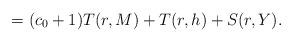
LaTeX: \begin{align*}=(c_0+1)T(r,M)+T(r,h)+S(r,Y).\end{align*}